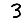
Digit: 3